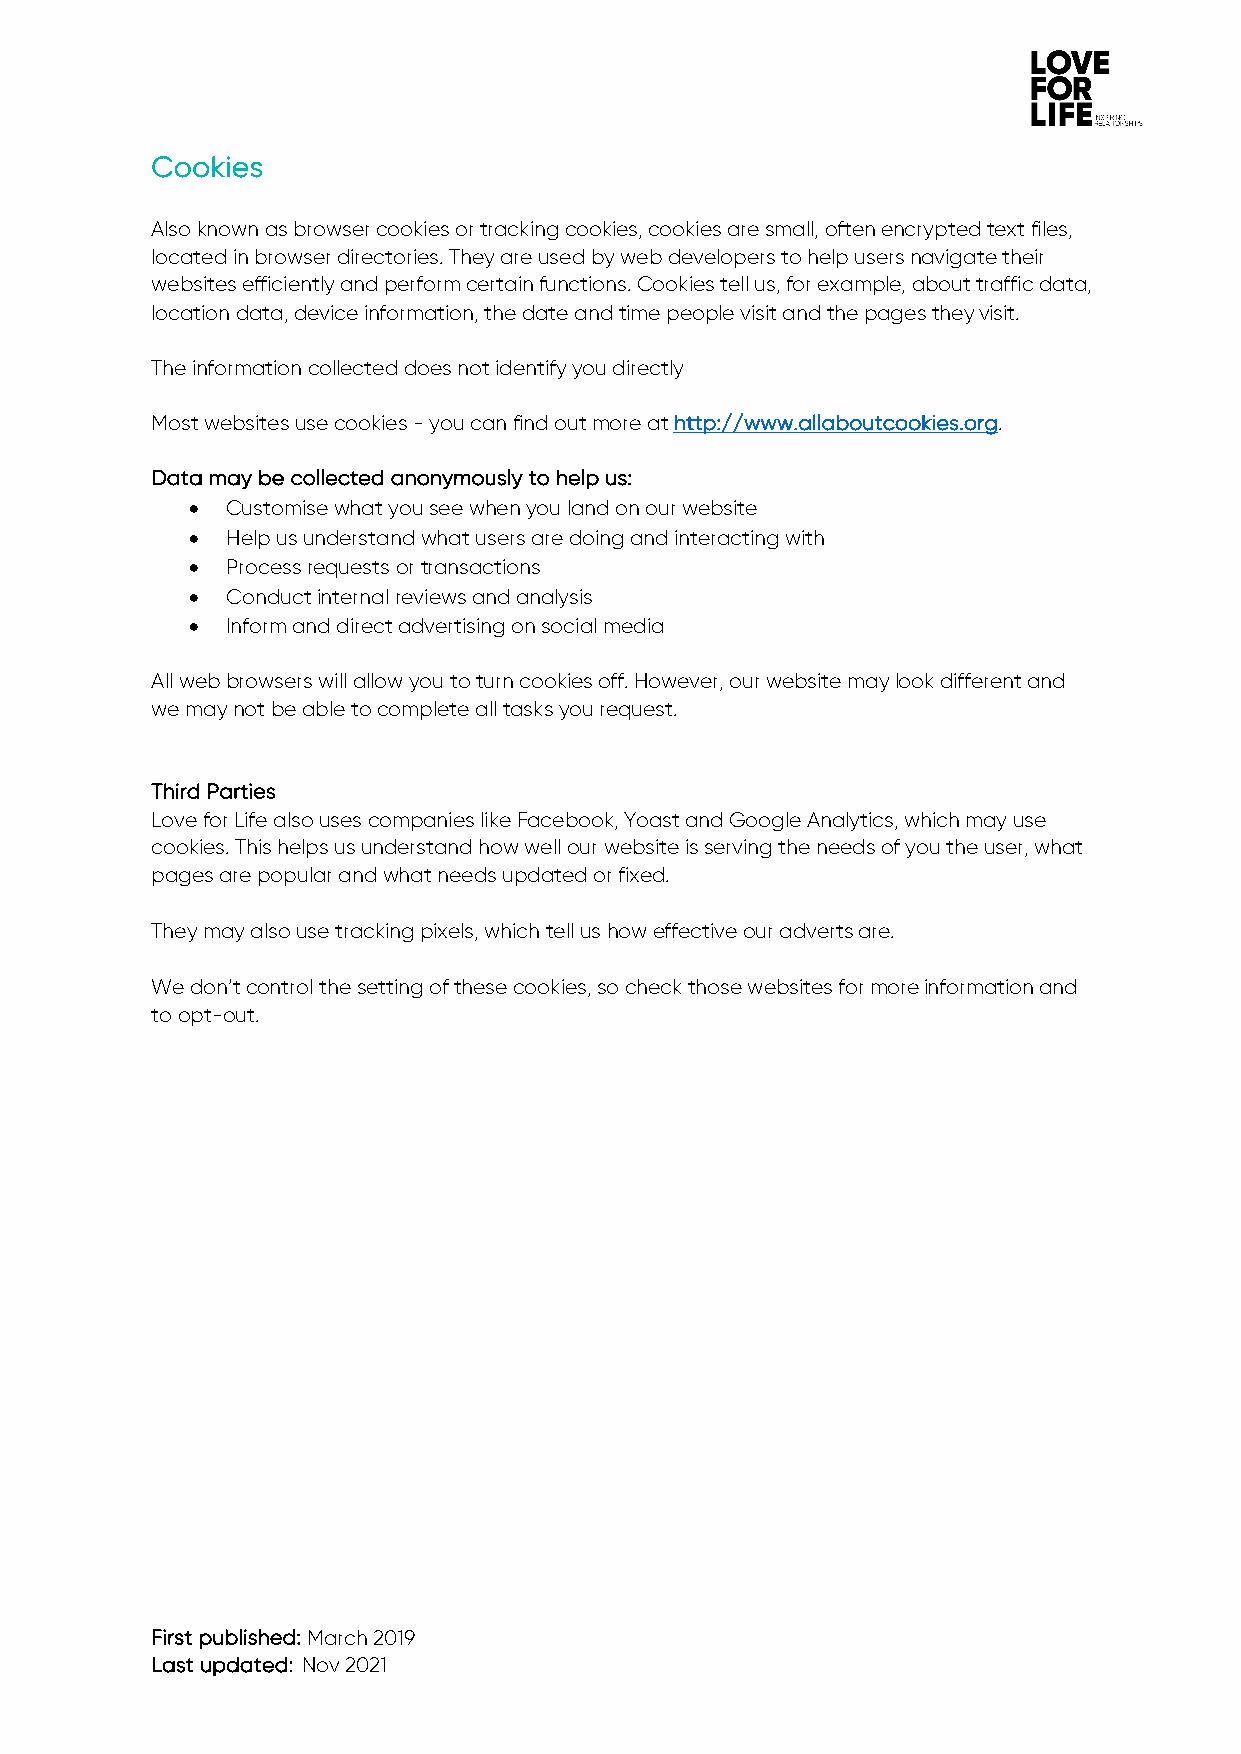
Cookies
 Also known as browser cookies or tracking cookies, cookies are small, often encrypted text files,
 located in browser directories. They are used by web developers to help users navigate their
 websites efficiently and perform certain functions. Cookies tell us, for example, about traffic data,
 location data, device information, the date and time people visit and the pages they visit.
 The information collected does not identify you directly
 Most websites use cookies - you can find out more at http://www.allaboutcookies.org.
 Data may be collected anonymously to help us:
 • Customise what you see when you land on our website
 • Help us understand what users are doing and interacting with
 • Process requests or transactions
 • Conduct internal reviews and analysis
 • Inform and direct advertising on social media
 All web browsers will allow you to turn cookies off. However, our website may look different and
 we may not be able to complete all tasks you request.
 Third Parties
 Love for Life also uses companies like Facebook, Yoast and Google Analytics, which may use
 cookies. This helps us understand how well our website is serving the needs of you the user, what
 pages are popular and what needs updated or fixed.
 They may also use tracking pixels, which tell us how effective our adverts are.
 We don’t control the setting of these cookies, so check those websites for more information and
 to opt-out.
 First published: March 2019
 Last updated: Nov 2021